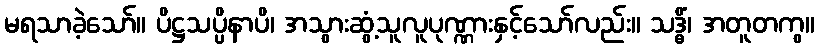
မရသာခဲ့သော်။ ပိဋ္ဌသပ္ပိနာပိ၊ အသွားဆွံ့သူလူပုဏ္ဏားနှင့်သော်လည်း။ သဒ္ဓိံ၊ အတူတကွ။